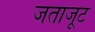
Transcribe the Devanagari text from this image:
जताजूट